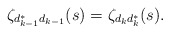
\begin{align*}\zeta_{d_{k-1}^*d_{k-1}} (s) =\zeta_{d_{k}d_{k}^*} (s).\end{align*}